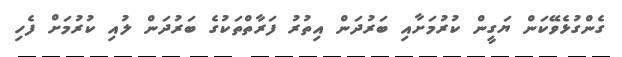
ގެންގުޅެވޭކަން ޔަގީން ކުރުމަށާއި ބަރުދަން އިތުރު ފަރާތްތަކުގެ ބަރުދަން ލުއި ކުރުމަށް ފެހި